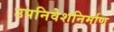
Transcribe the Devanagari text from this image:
उपनिवेशनिर्माण